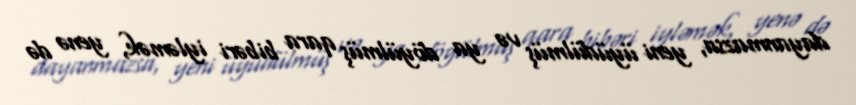
dayanmazsa, yeni üyüdülmüş və ya döyülmüş qara bibəri iyləmək, yenə də